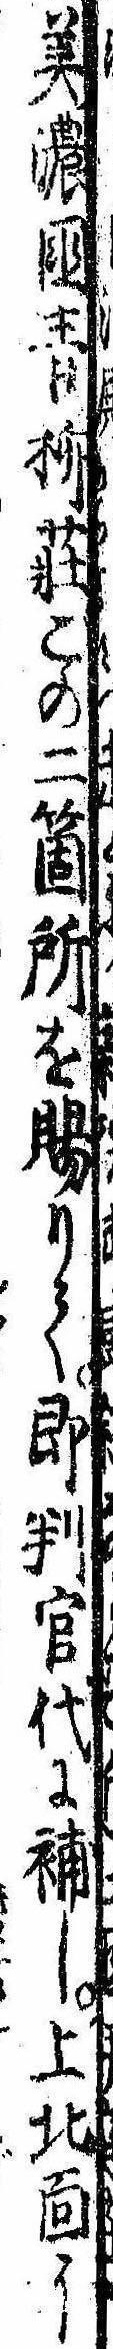
美濃国青柳荘この二箇所を賜りて即判官代に補し上北面に